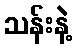
သန်းနဲ့